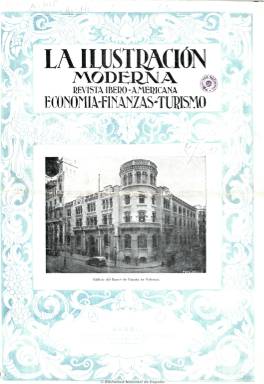
Título: La Ilustración moderna (Madrid)
Otros títulos: Ilustración moderna de economía y finanzas
Colección: Economía
Ámbito geográfico: Madrid
Lugar de publicación: Madrid
Fechas: 01/12/1936-28/02/1939

Con el subtítulo de “revista íberoamericana”, comenzó a editarse en 1927 y estuvo dedicada al mundo de las finanzas, la política monetaria, la economía, el comercio, los seguros, la industria, la agricultura, la minería, la electricidad, los ferrocarriles y tranvías, la diplomacia, la normativa legal, la hacienda pública, las entidades financieras (memorias y balances) e incluso al turismo y arte, incluyendo artículos y noticias de estas materias, tanto de carácter nacional como internacional. A lo largo de su existencia fue modificando en parte su título y el subtítulo. De periodicidad mensual y entre ocho y doce páginas, incluía numerosas inserciones publicitarias, principalmente anuncios oficiales de entidades bancarias, y algunas fotografías de carácter artístico y turístico. Fue dirigida por Manuel de Agustina Tolosa.